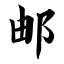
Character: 邮